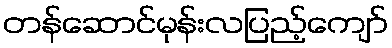
တန်ဆောင်မုန်းလပြည့်ကျော်